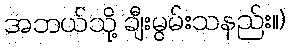
အဘယ်သို့ ချီးမွမ်းသနည်း။)